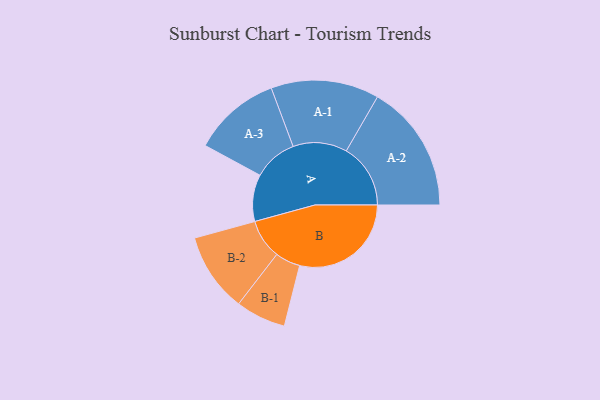
{"axis": {"x": "Segment", "y": "Value"}, "legend": ["", "A", "B"], "data": [{"x": "A", "y": 194, "type": ""}, {"x": "B", "y": 462, "type": ""}, {"x": "A-1", "y": 224, "type": "A"}, {"x": "A-2", "y": 266, "type": "A"}, {"x": "A-3", "y": 182, "type": "A"}, {"x": "B-1", "y": 104, "type": "B"}, {"x": "B-2", "y": 164, "type": "B"}]}